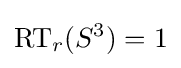
\operatorname {RT} _{r}(S^{3})=1